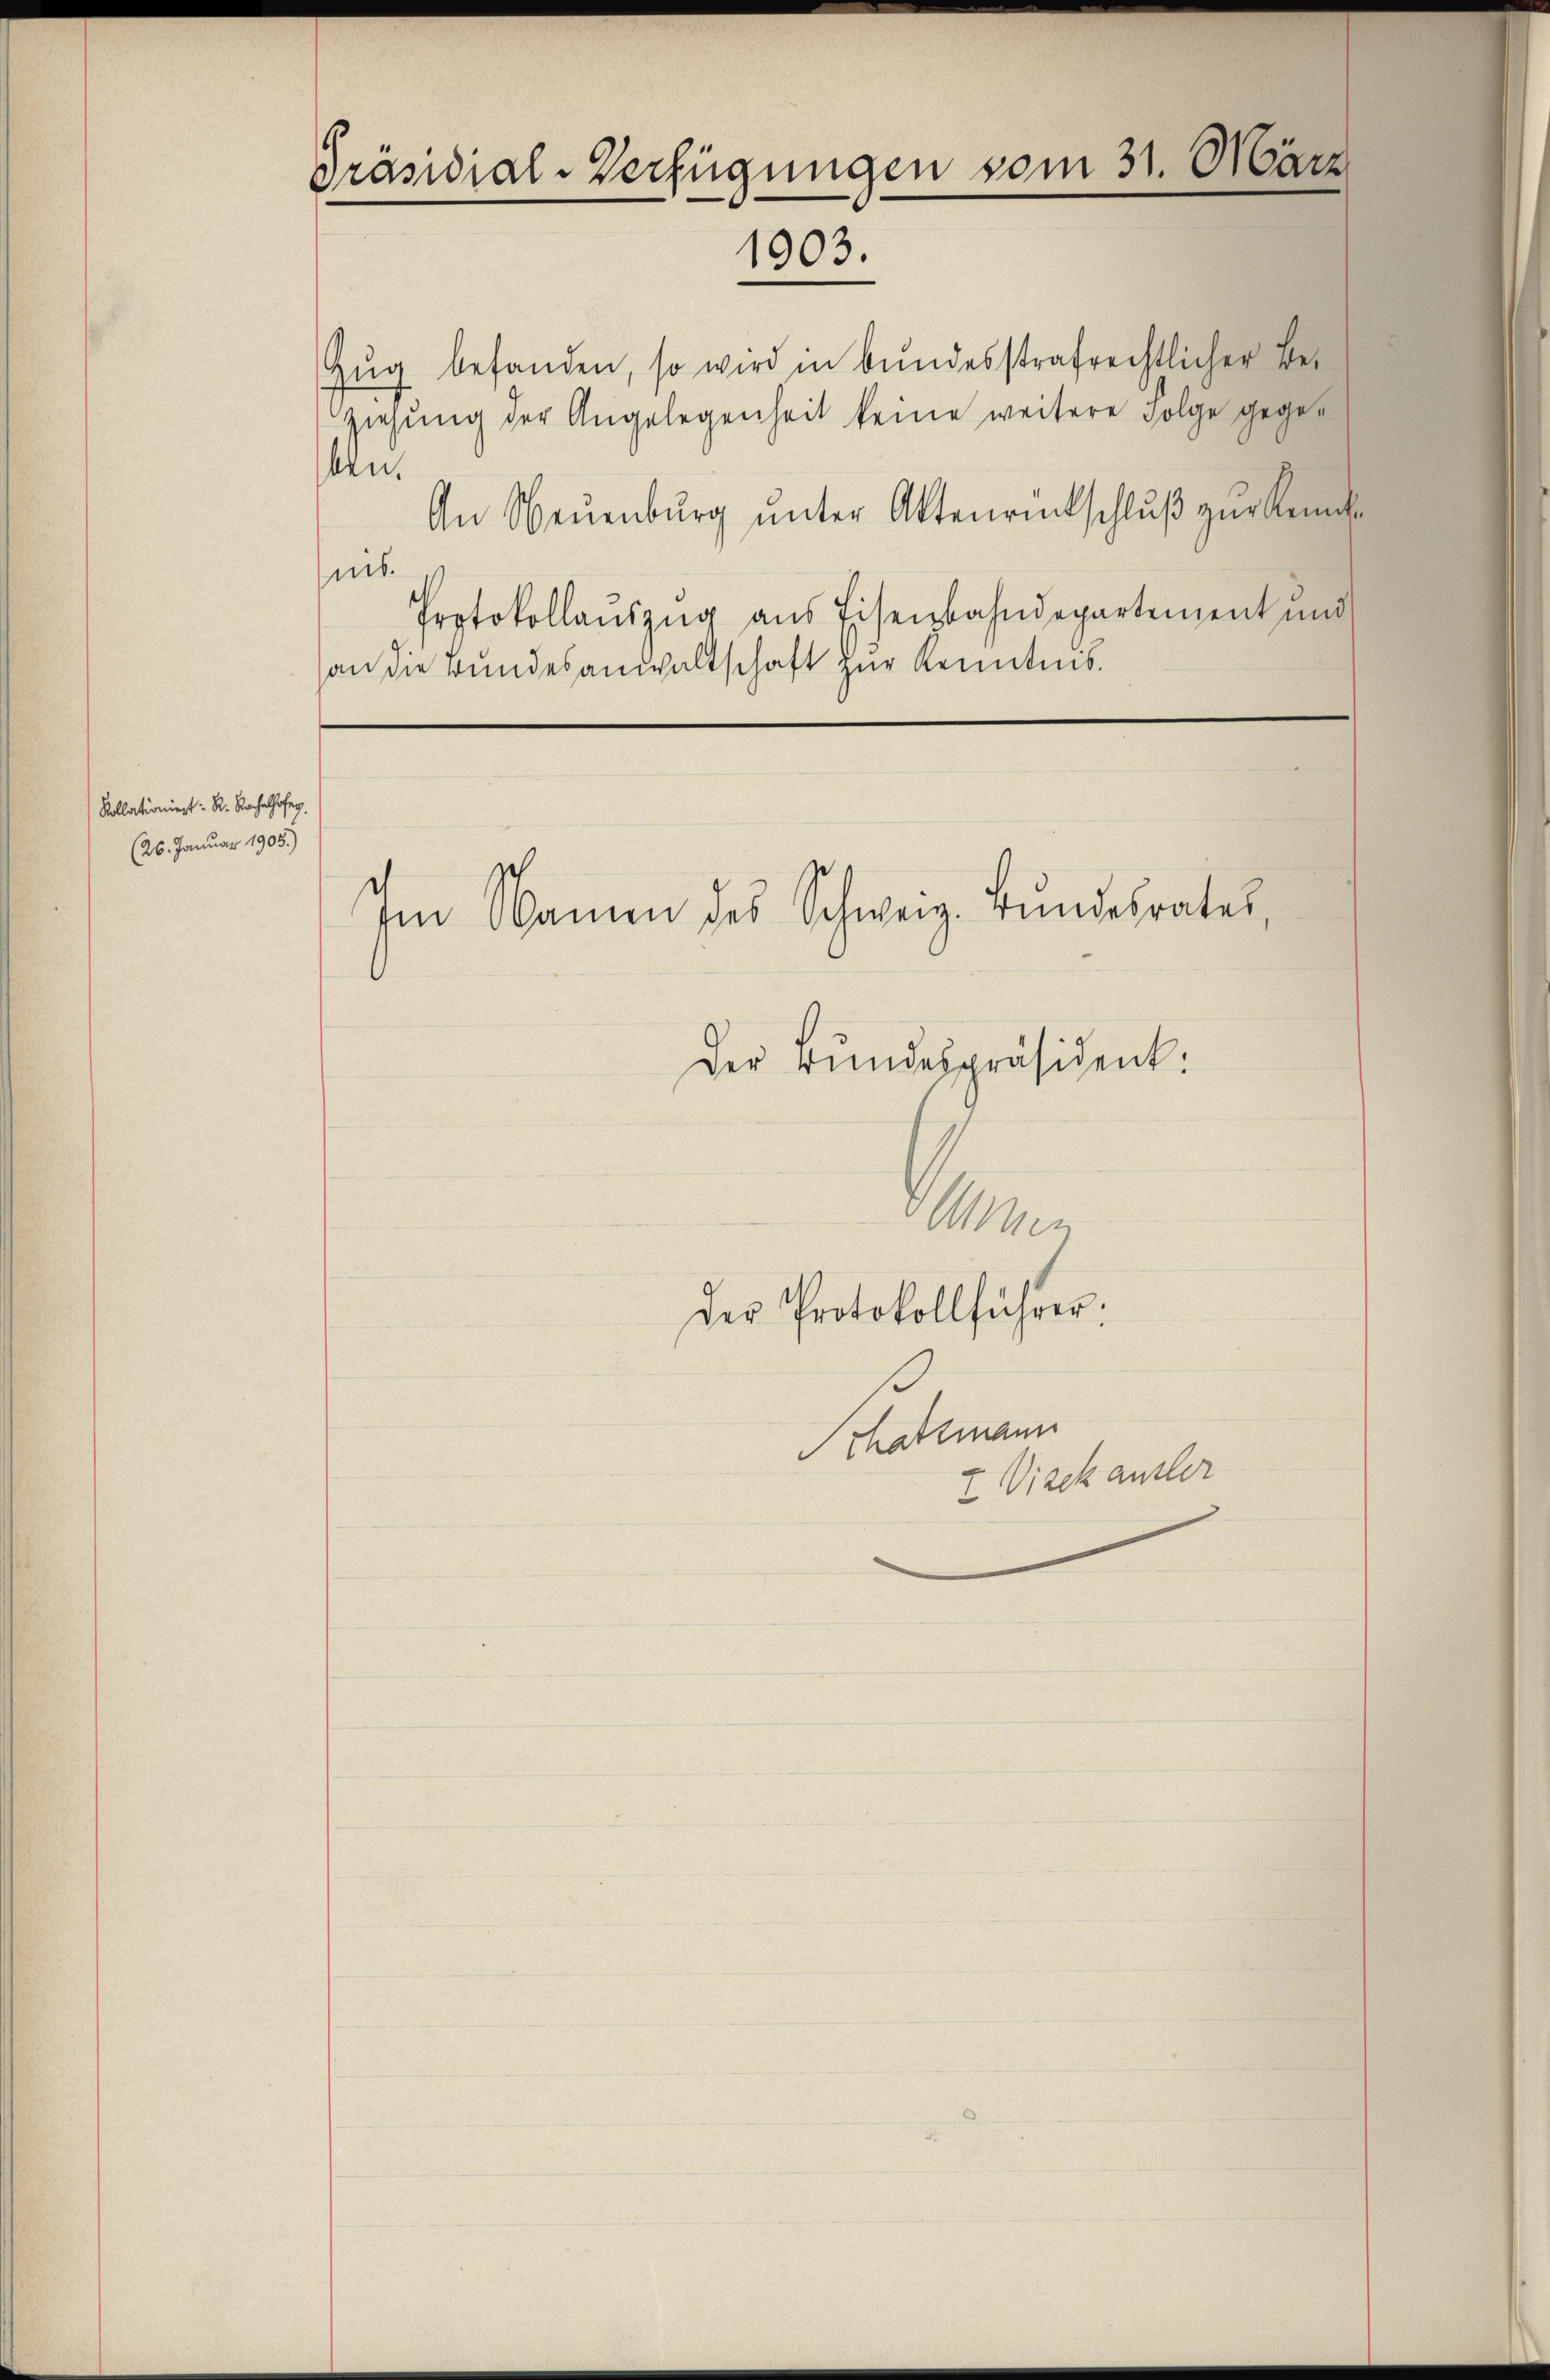
Kollationiert: R. Rachelhofen.
(26. Januar 1905.)

Präsidial-Verfügungen vom 31. März
1903.

Zŭg befanden, so wird in bundesstrafrechtlicher Be-
ziehung der Angelegenheit keine weitere Folge gegeben.
An Neuenburg ŭnter Aktenrückschluß zur Annah
mb.
Protokollauszug aus Eisenbahndepartement und
an die Bundesanwaltschaft zur Kenntnis.

Im Namen des Schweiz. Bŭndesrates,
Der Bundespräsident.

Der Protokollführer

r

dtmann
z Vizek ausler